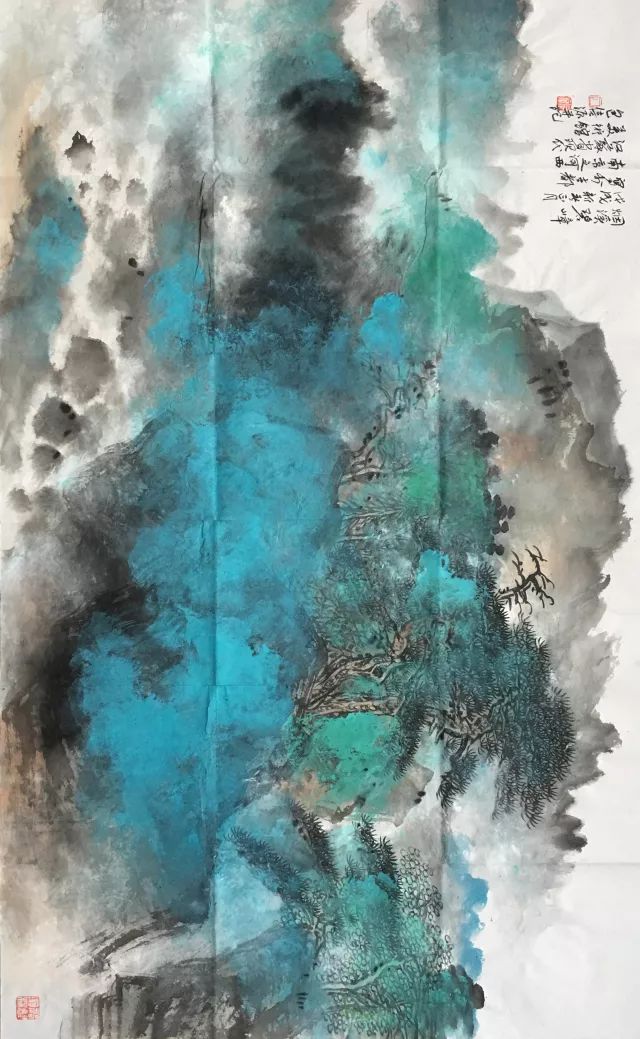
百亩庭中半是苔，桃花净尽菜花开。